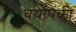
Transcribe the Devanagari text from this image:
बर्यापैंकी